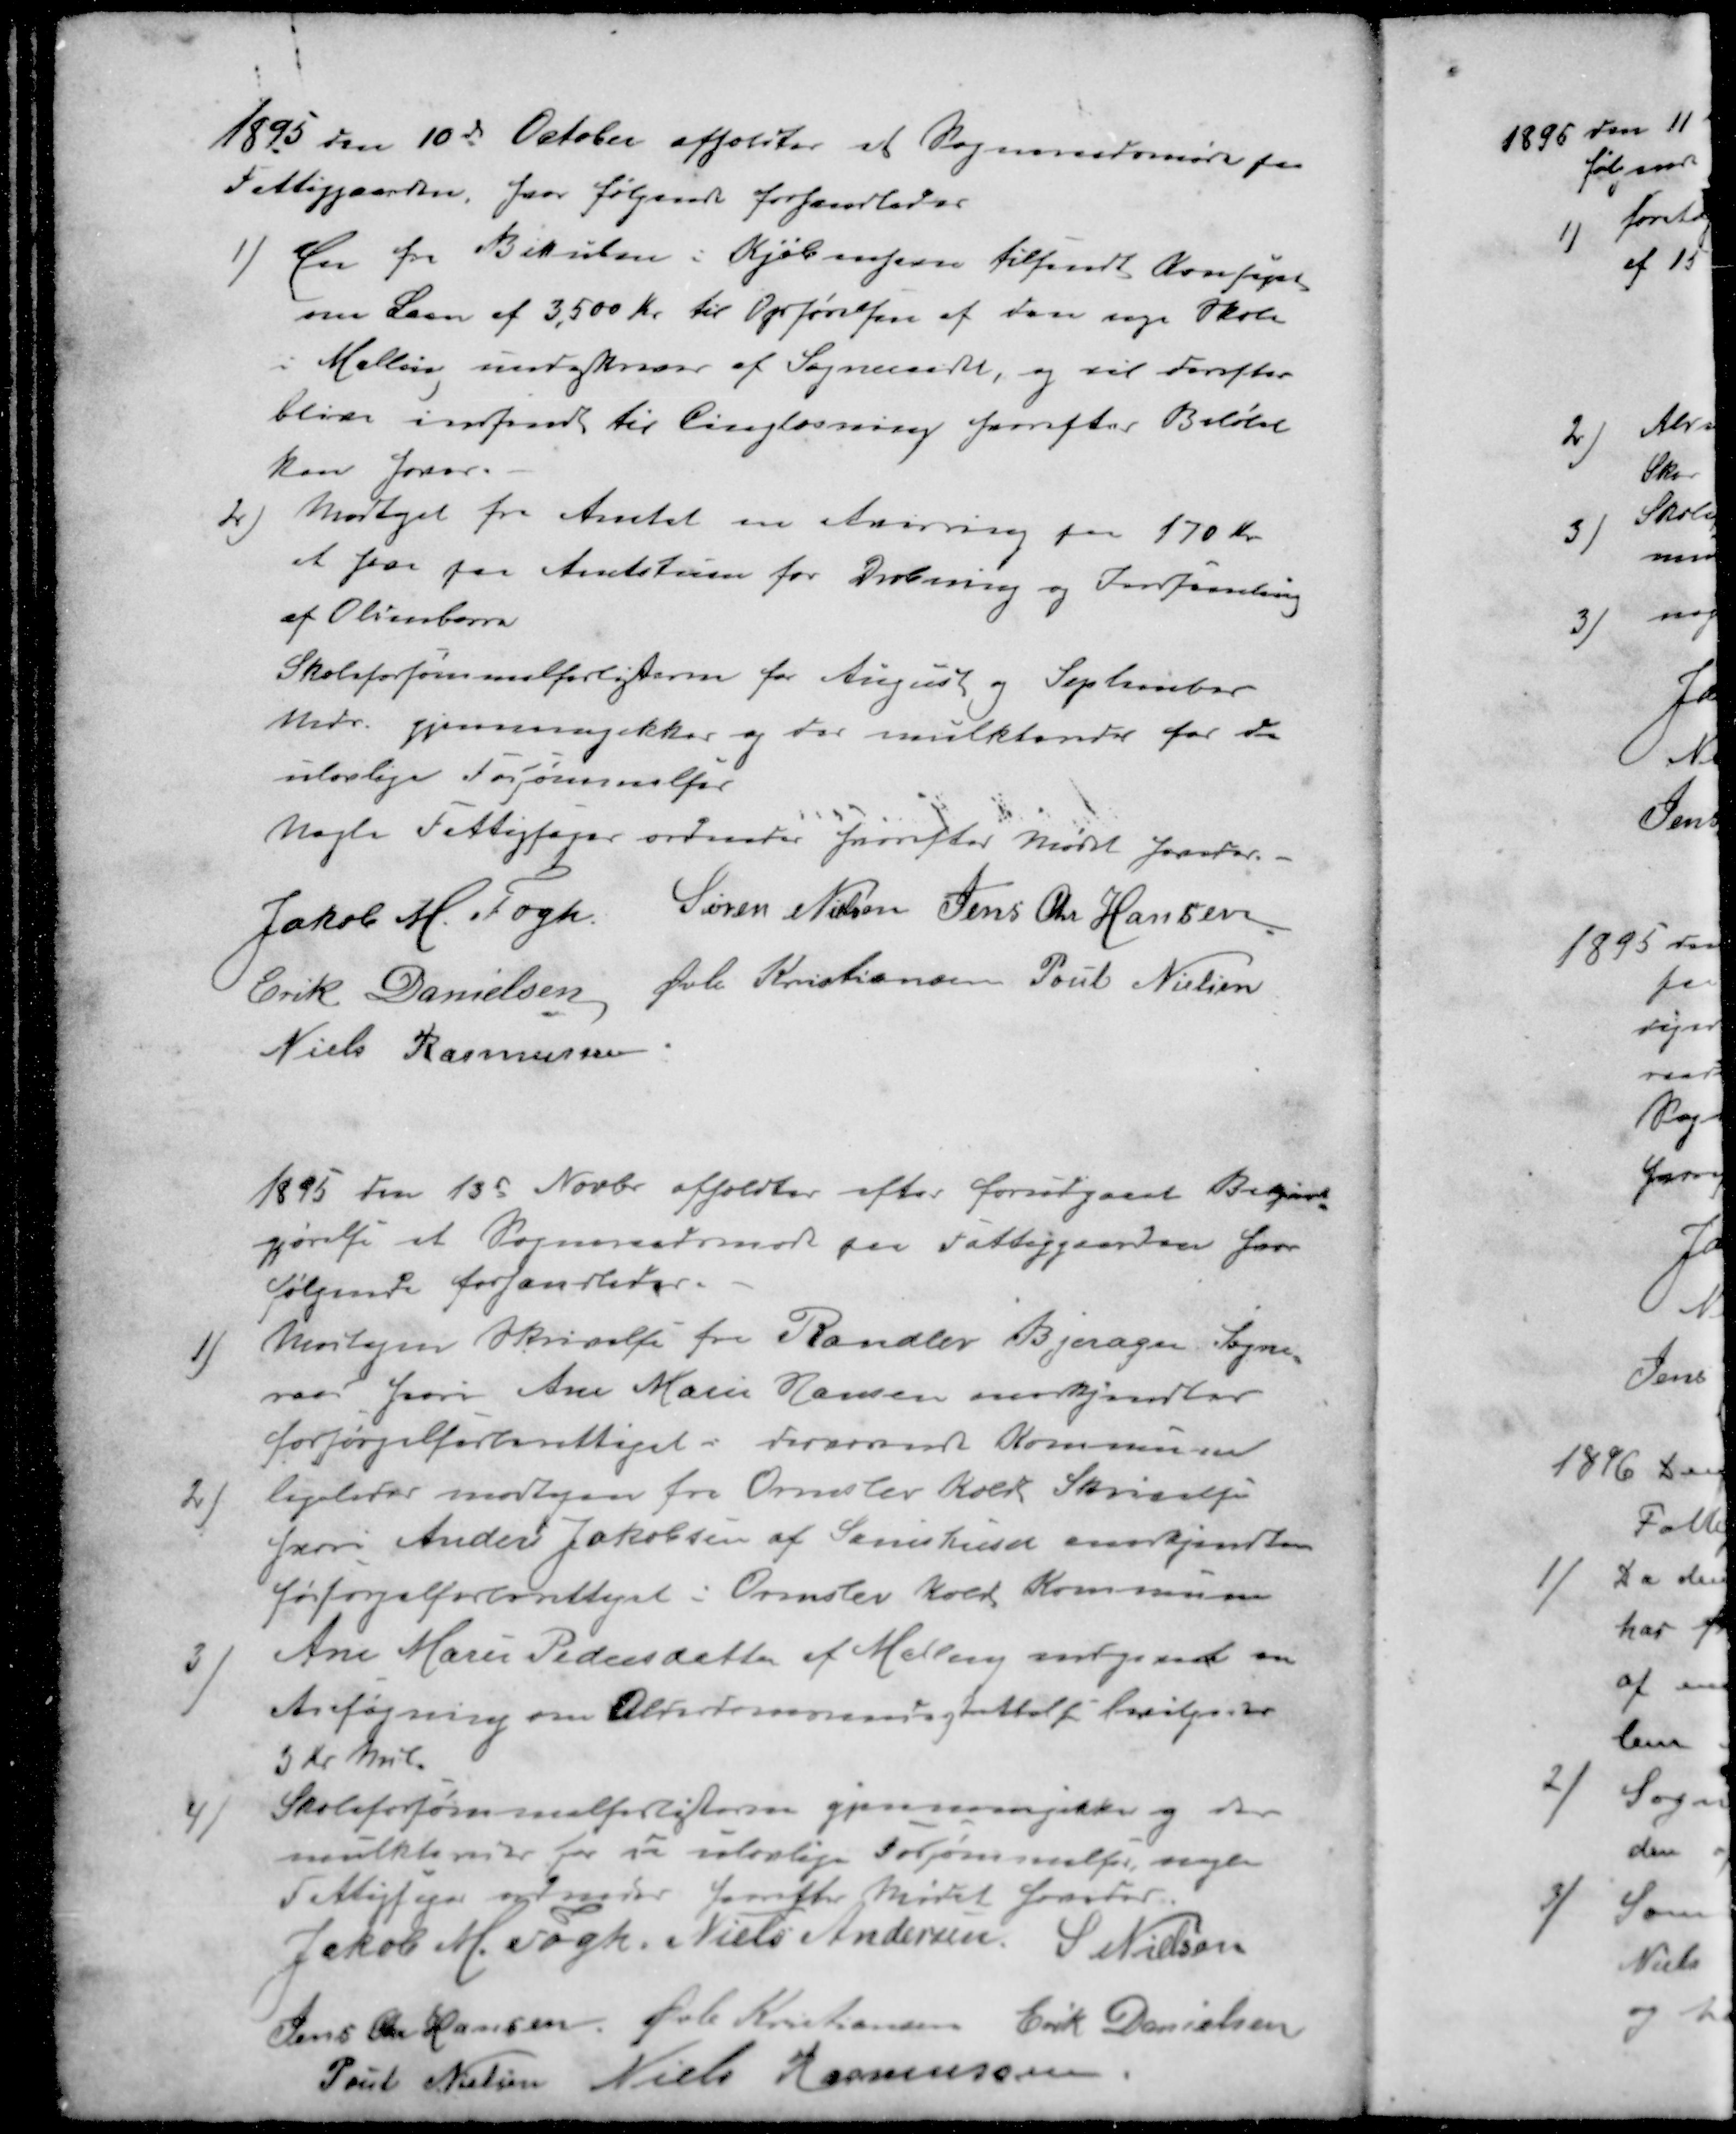
Transskription:
1895 den 10d October afholdtes at Sogneraadsmøde paa
Fattiggaarden, hvor følgende forhandledes
1 ) En fra Bikuben i Kjøbenhavn tilsendt Kontrakt
om Laan af 3,500 Kr. til Opførelsen af den nye Skole
i Malling undskrives af Sogneraadet, og vil derefter
blive indsendt til Tingløsning hvorefter Beløbet
kan hæves
2 ) Modtaget fra Amtet en Anvisning paa 170 Kr.
at faa paa Amtstuen for Dræbning og Indsamling
af Oldenborre
Skoleforsømmelseslisterne for August og September
Mdr. gjennemgikkes og der mulkteredes for de
ulovlige Forsømmelser
Nogle Fattigsager ordnedes hvorefter Mødet hævedes
Jakob M. Fogh
Søren Nielsen
Jens Chr Hansen
Erik Danielsen
Øvli Kristiansen
Poul Nielsen
Niels Rasmussen
1895 den 13d Novbr afholdtes efter forudgaaet Bekjent-
gørelse et Sogneraadsmøde paa Fattiggaarden hvor
følgende forhandledes.
1 ) Modtagen Skrivelse fra Randlev Bjerager Sogne-
raad hvori Ane Marie Hansen anerkjendtes
forsørgelsesberettiget i derværende Kommune
2 ) ligeleder modtagen fra Ormslev Koldt Skrivelse
hvori Anders Jakobsen af Samshuset anerkjendtes
forsørgelsesberettiget i Ormslev Kold Kommune
3 ) Ane Marie Pedersdatter af Malling indgivet en
Anførning om Alderdomsunderstøttelse bevilges der
3 Kr Mdl
4 ) Skoleforsømmelseslisterne gjennemgikkes og der
mulkteredes for de ulovlige Forsømmelser, nogen
Fattigsager ordnedes hvorefter Mødet hævedes
Jakob M Fogh
Niels Andersen
S Nielsen
Jens Chr Hansen
Øvli Kristiansen
Erik Danielsen
Poul Nielsen
Niels Rasmussen